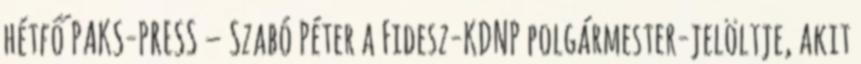
hétfő PAKS-PRESS – Szabó Péter a Fidesz-KDNP polgármester-jelöltje, akit